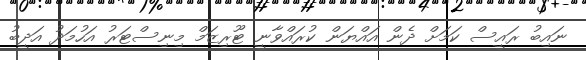
ނައިބު ރައީސް ކަމަށް ދެން އައްޔަން ކުރައްވާނީ ޓޫރިޒަމް މިނިސްޓަރު އަހުމަދު އަދީބު